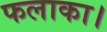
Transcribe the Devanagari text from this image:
फलाका।